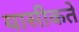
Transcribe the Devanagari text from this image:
यासीकते